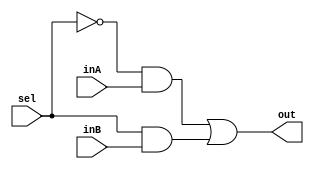
/* Module for mux units*/

module Mux2to1(inA, inB, sel, out);
    input inA, inB, sel;
    output out;
    wire sel_b, and1out, and2out;

    not (sel_b, sel);
    and (and1out, sel_b, inA);
    and (and2out, sel, inB);
    or (out, and1out, and2out);
endmodule // Mux2to1

module Mux3to1(inA, inB, inC, sel, out);
    input inA, inB, inC;
    input[1:0] sel;
    output out;
    wire muxConnector;

    Mux2to1 iMux2to1_1(inA, inB, sel[0], muxConnector);
    Mux2to1 iMux2to1_2(muxConnector, inC, sel[1], out);
endmodule // Mux3to1

module Mux3to1_32bit (inA, inB, inC, sel, out);
    input[31:0] inA, inB, inC;
    input[1:0] sel;
    output[31:0] out;
    genvar j;

    generate
        for(j=0; j<32; j=j+1) begin: muxLoop
            Mux3to1 iMux3to1(inA[j], inB[j], inC[j], sel, out[j]);
        end
    endgenerate
endmodule // Mux3to1_32bit